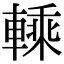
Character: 𨍱